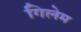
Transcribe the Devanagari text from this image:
गिलेम